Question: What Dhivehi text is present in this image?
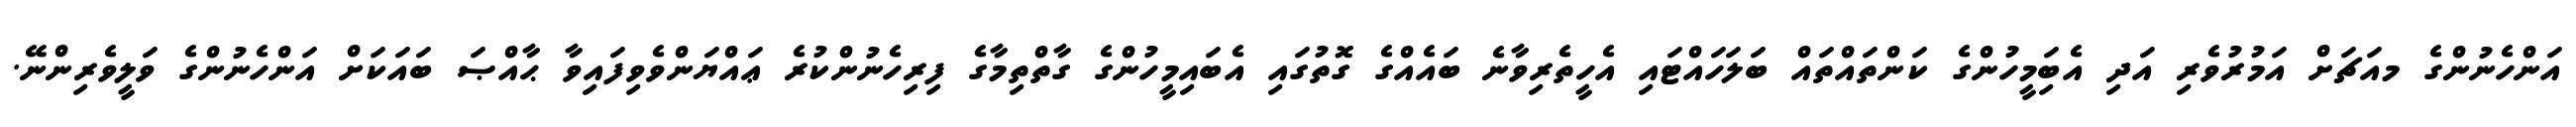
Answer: އަންހެނުންގެ މއަޗަށް އަމުރުވެރި އަދި އެބަިމީހުންގެ ކަންތައްތައް ބަލަހައްޓައި އެހީތެރިވާނެ ބައެއްގެ ގޮތުގައި އެބައިމީހުންގެ ގާތްތިމާގެ ފިރިހެނުންކުރެ ޢައްޔަންވެވިފައިވާ ޙާއްޞަ ބައަކަށް އަންހެނުންގެ ވަލީވެރިންނޭ.